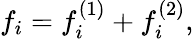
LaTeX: f_{i}=f_{i}^{(1)}+f_{i}^{(2)},